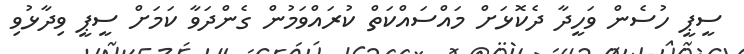
ސީޕީ ހުސެން ވަހީދާ ދެކޮޅަށް މައްސައްކަތް ކުރައްވަމުން ގެންދަވާ ކަމަށް ސީޕީ ވިދާޅުވި